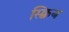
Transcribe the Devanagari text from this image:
स्क्विब